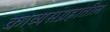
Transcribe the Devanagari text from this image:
काव्यसंग्रहांतील